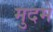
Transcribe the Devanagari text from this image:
मुदमे